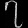
Digit: ၇